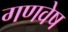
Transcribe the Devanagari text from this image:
गणवेष